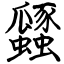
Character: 瓥